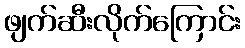
ဖျက်ဆီးလိုက်ကြောင်း